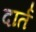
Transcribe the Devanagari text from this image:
दार्त